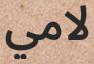
لامي